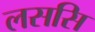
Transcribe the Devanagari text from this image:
लससि